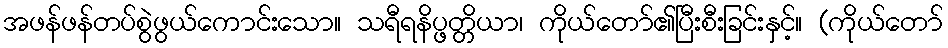
အဖန်ဖန်တပ်စွဲဖွယ်ကောင်းသော။ သရီရနိပ္ဖတ္တိယာ၊ ကိုယ်တော်၏ပြီးစီးခြင်းနှင့်။ (ကိုယ်တော်